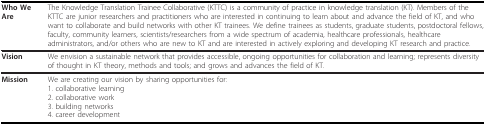
<table><thead><tr><td><b>Who We Are</b></td><td><b>The Knowledge Translation Trainee Collaborative (KTTC) is a community of practice in knowledge translation (KT). Members of the KTTC are junior researchers and practitioners who are interested in continuing to learn about and advance the field of KT, and who want to collaborate and build networks with other KT trainees. We define trainees as students, graduate students, postdoctoral fellows, faculty, community learners, scientists/researchers from a wide spectrum of academia, healthcare professionals, healthcare administrators, and/or others who are new to KT and are interested in actively exploring and developing KT research and practice.</b></td></tr></thead><tbody><tr><td><b>Vision</b></td><td>We envision a sustainable network that provides accessible, ongoing opportunities for collaboration and learning; represents diversity of thought in KT theory, methods and tools; and grows and advances the field of KT.</td></tr><tr><td><b>Mission</b></td><td>We are creating our vision by sharing opportunities for:1. collaborative learning2. collaborative work3. building networks4. career development</td></tr></tbody></table>